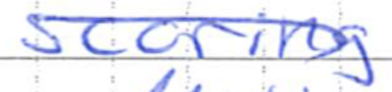
Text: scoring
Cross-out: mix
Writing tool: ballpoint